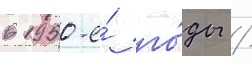
в 1950-е́ го́ды /